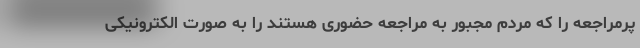
پرمراجعه را که مردم مجبور به مراجعه حضوری هستند را به صورت الکترونیکی